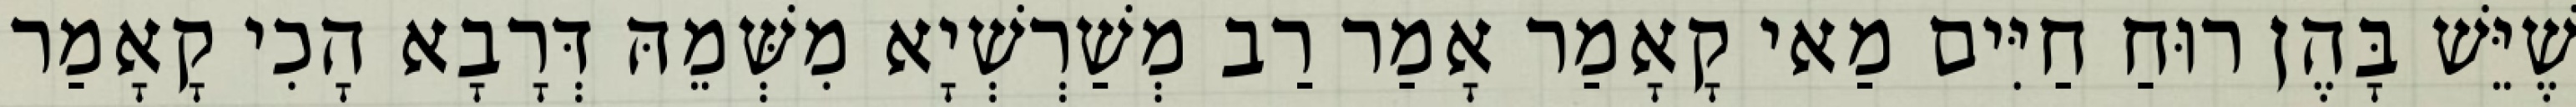
שֶׁיֵּשׁ בָּהֶן רוּחַ חַיִּים מַאי קָאָמַר אָמַר רַב מְשַׁרְשְׁיָא מִשְּׁמֵהּ דְּרָבָא הָכִי קָאָמַר